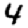
Digit: 4